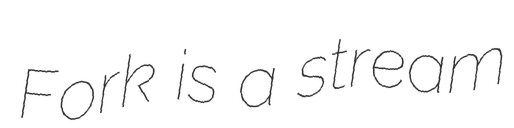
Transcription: Fork is a stream